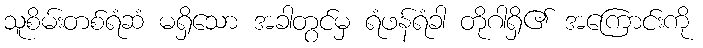
သူစိမ်းတစ်ရံဆံ မရှိသော အခါတွင်မှ ရံဖန်ရံခါ တိုဂါရှိ၏ အကြောင်းကို